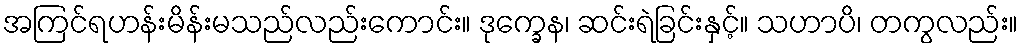
အကြင်ရဟန်းမိန်းမသည်လည်းကောင်း။ ဒုက္ခေန၊ ဆင်းရဲခြင်းနှင့်။ သဟာပိ၊ တကွလည်း။